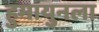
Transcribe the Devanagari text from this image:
हुमायुनला